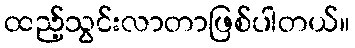
ထည့်သွင်းလာတာဖြစ်ပါတယ်။